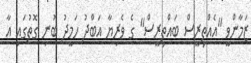
ޒަމާންވީ "އެއްތިރީސް ބައްތިރީސް" ގެ ވެރިޔާ އަބްދު ހަމީދު ބުނި ގޮތުގައި އާ